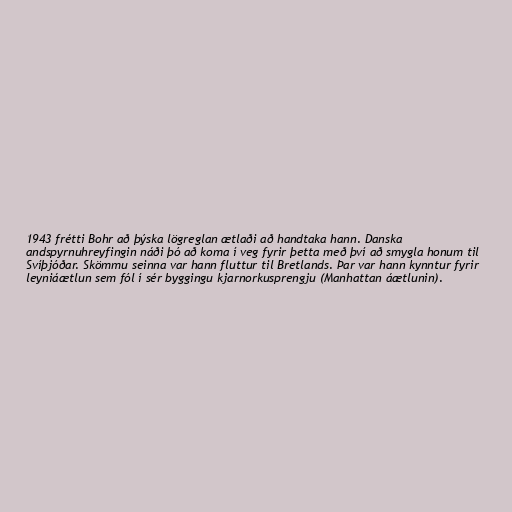
1943 frétti Bohr að þýska lögreglan ætlaði að handtaka hann. Danska
andspyrnuhreyfingin náði þó að koma í veg fyrir þetta með því að smygla honum til
Svíþjóðar. Skömmu seinna var hann fluttur til Bretlands. Þar var hann kynntur fyrir
leyniáætlun sem fól í sér byggingu kjarnorkusprengju (Manhattan áætlunin).